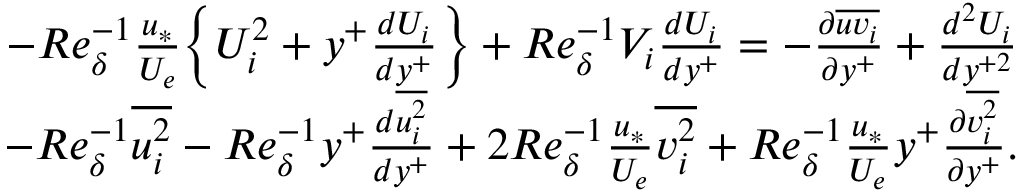
\begin{array} { r } { - R e _ { \delta } ^ { - 1 } \frac { u _ { * } } { U _ { e } } \Big \{ U _ { i } ^ { 2 } + y ^ { + } \frac { d U _ { i } } { d y ^ { + } } \Big \} + R e _ { \delta } ^ { - 1 } V _ { i } \frac { d U _ { i } } { d y ^ { + } } = - \frac { \partial \overline { { u v _ { i } } } } { \partial y ^ { + } } + \frac { d ^ { 2 } U _ { i } } { d y ^ { + 2 } } } \\ { - R e _ { \delta } ^ { - 1 } \overline { { u _ { i } ^ { 2 } } } - R e _ { \delta } ^ { - 1 } y ^ { + } \frac { d \overline { { u _ { i } ^ { 2 } } } } { d y ^ { + } } + 2 R e _ { \delta } ^ { - 1 } \frac { u _ { * } } { U _ { e } } \overline { { v _ { i } ^ { 2 } } } + R e _ { \delta } ^ { - 1 } \frac { u _ { * } } { U _ { e } } y ^ { + } \frac { \partial \overline { { v _ { i } ^ { 2 } } } } { \partial y ^ { + } } . } \end{array}